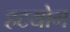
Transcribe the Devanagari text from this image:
हटयोग